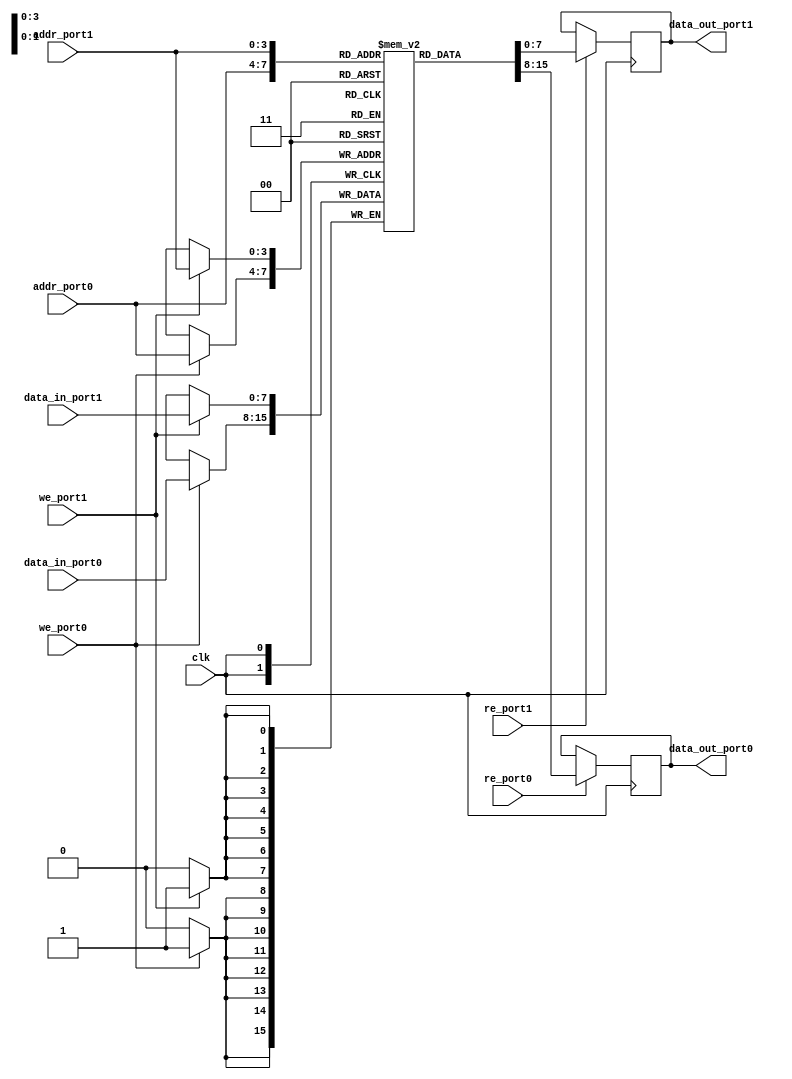
module MPSRAM #(
    parameter DATA_WIDTH = 8,     // Configurable data width (e.g. 8, 16, 32)
    parameter ADDR_WIDTH = 4,      // Address width (for 16 word memory)
    parameter NUM_PORTS = 2        // Number of ports (2-port example)
)(
    input wire clk,
    // Port 0
    input wire [ADDR_WIDTH-1:0] addr_port0,
    input wire [DATA_WIDTH-1:0] data_in_port0,
    output reg [DATA_WIDTH-1:0] data_out_port0,
    input wire we_port0,            // Write enable for port 0
    input wire re_port0,            // Read enable for port 0

    // Port 1
    input wire [ADDR_WIDTH-1:0] addr_port1,
    input wire [DATA_WIDTH-1:0] data_in_port1,
    output reg [DATA_WIDTH-1:0] data_out_port1,
    input wire we_port1,            // Write enable for port 1
    input wire re_port1             // Read enable for port 1
);

    // Memory Array
    reg [DATA_WIDTH-1:0] mem_array [(2**ADDR_WIDTH)-1:0];

    // Read and Write Operations for Port 0
    always @(posedge clk) begin
        if (we_port0) begin
            mem_array[addr_port0] <= data_in_port0;  // Write data to memory
        end
        if (re_port0) begin
            data_out_port0 <= mem_array[addr_port0];  // Read data from memory
        end
    end

    // Read and Write Operations for Port 1
    always @(posedge clk) begin
        if (we_port1) begin
            mem_array[addr_port1] <= data_in_port1;  // Write data to memory
        end
        if (re_port1) begin
            data_out_port1 <= mem_array[addr_port1];  // Read data from memory
        end
    end

endmodule